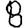
Digit: 8